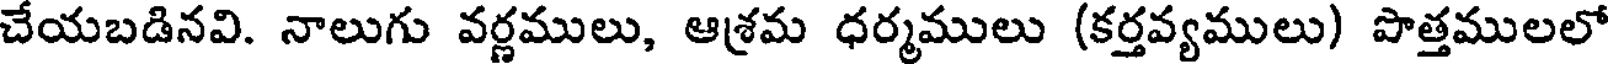
చేయబడినవి. నాలుగు వర్ణములు, ఆశ్రమ ధర్మములు (కర్తవ్యములు) పొత్తములలో